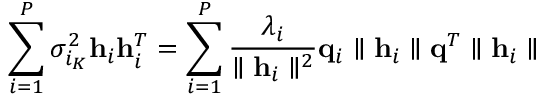
\sum _ { i = 1 } ^ { P } \sigma _ { i _ { K } } ^ { 2 } \mathbf { h } _ { i } \mathbf { h } _ { i } ^ { T } = \sum _ { i = 1 } ^ { P } \frac { \lambda _ { i } } { \parallel \mathbf { h } _ { i } \parallel ^ { 2 } } \mathbf { q } _ { i } \parallel \mathbf { h } _ { i } \parallel \mathbf { q } ^ { T } \parallel \mathbf { h } _ { i } \parallel